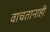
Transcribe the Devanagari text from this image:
वाचतानाही